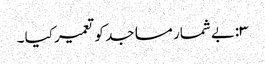
۳:بے شمار مساجد کو تعمیر کیا ۔